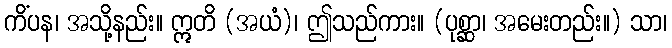
ကိံပန၊ အသို့နည်း။ ဣတိ (အယံ)၊ ဤသည်ကား။ (ပုစ္ဆာ၊ အမေးတည်း။) သာ၊